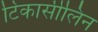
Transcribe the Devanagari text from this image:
टिकार्सीलिन